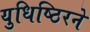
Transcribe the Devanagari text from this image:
युधिष्ठिरने